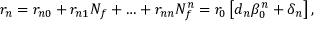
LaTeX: r _ { n } = r _ { n 0 } + r _ { n 1 } N _ { f } + \ldots + r _ { n n } N _ { f } ^ { n } = r _ { 0 } \left[ d _ { n } \beta _ { 0 } ^ { n } + \delta _ { n } \right] ,